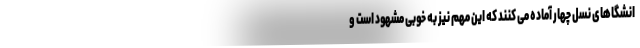
انشگاهای نسل چهار آماده می کنند که این مهم نیز به خوبی مشهود است و